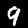
Digit: 9